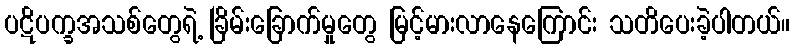
ပဋိပက္ခအသစ်တွေရဲ့ ခြိမ်းခြောက်မှုတွေ မြင့်မားလာနေကြောင်း သတိပေးခဲ့ပါတယ်။